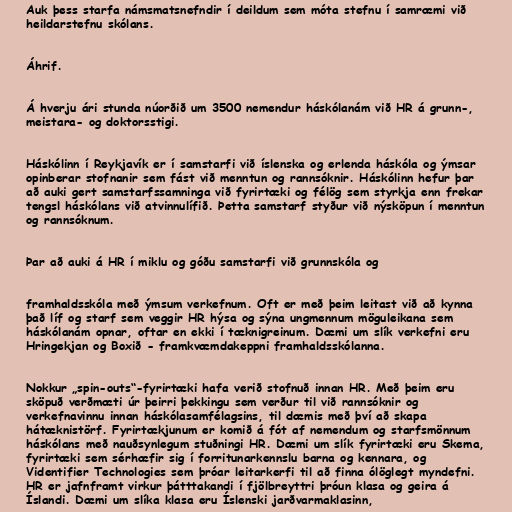
Auk þess starfa námsmatsnefndir í deildum sem móta stefnu í samræmi við
heildarstefnu skólans.

Áhrif.

Á hverju ári stunda núorðið um 3500 nemendur háskólanám við HR á grunn-,
meistara- og doktorsstigi.

Háskólinn í Reykjavík er í samstarfi við íslenska og erlenda háskóla og ýmsar
opinberar stofnanir sem fást við menntun og rannsóknir. Háskólinn hefur þar
að auki gert samstarfssamninga við fyrirtæki og félög sem styrkja enn frekar
tengsl háskólans við atvinnulífið. Þetta samstarf styður við nýsköpun í menntun
og rannsóknum.

Þar að auki á HR í miklu og góðu samstarfi við grunnskóla og

framhaldsskóla með ýmsum verkefnum. Oft er með þeim leitast við að kynna
það líf og starf sem veggir HR hýsa og sýna ungmennum möguleikana sem
háskólanám opnar, oftar en ekki í tæknigreinum. Dæmi um slík verkefni eru
Hringekjan og Boxið - framkvæmdakeppni framhaldsskólanna.

Nokkur „spin-outs“-fyrirtæki hafa verið stofnuð innan HR. Með þeim eru
sköpuð verðmæti úr þeirri þekkingu sem verður til við rannsóknir og
verkefnavinnu innan háskólasamfélagsins, til dæmis með því að skapa
hátæknistörf. Fyrirtækjunum er komið á fót af nemendum og starfsmönnum
háskólans með nauðsynlegum stuðningi HR. Dæmi um slík fyrirtæki eru Skema,
fyrirtæki sem sérhæfir sig í forritunarkennslu barna og kennara, og
Videntifier Technologies sem þróar leitarkerfi til að finna ólöglegt myndefni.
HR er jafnframt virkur þátttakandi í fjölbreyttri þróun klasa og geira á
Íslandi. Dæmi um slíka klasa eru Íslenski jarðvarmaklasinn,